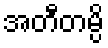
အတီတမ္ပိ